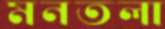
মনতলা